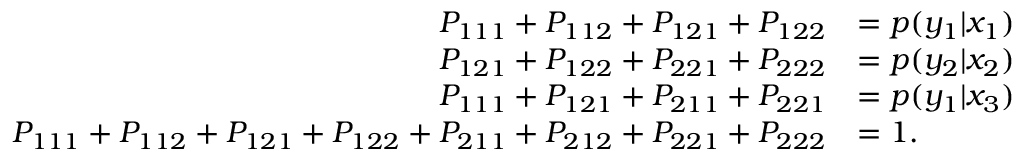
\begin{array} { r l } { P _ { 1 1 1 } + P _ { 1 1 2 } + P _ { 1 2 1 } + P _ { 1 2 2 } } & { = p ( y _ { 1 } | x _ { 1 } ) } \\ { P _ { 1 2 1 } + P _ { 1 2 2 } + P _ { 2 2 1 } + P _ { 2 2 2 } } & { = p ( y _ { 2 } | x _ { 2 } ) } \\ { P _ { 1 1 1 } + P _ { 1 2 1 } + P _ { 2 1 1 } + P _ { 2 2 1 } } & { = p ( y _ { 1 } | x _ { 3 } ) } \\ { P _ { 1 1 1 } + P _ { 1 1 2 } + P _ { 1 2 1 } + P _ { 1 2 2 } + P _ { 2 1 1 } + P _ { 2 1 2 } + P _ { 2 2 1 } + P _ { 2 2 2 } } & { = 1 . } \end{array}